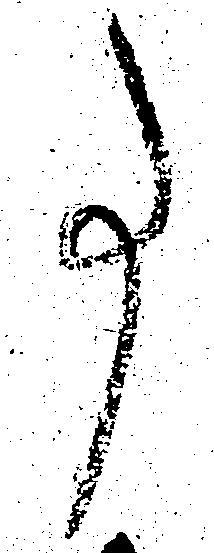
事